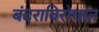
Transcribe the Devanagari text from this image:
बंदराविरोधात